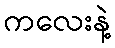
ကလေးနဲ့